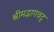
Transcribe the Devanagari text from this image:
श्रीमद्भागवद्